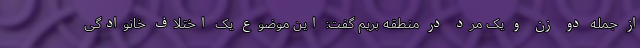
از جمله دو زن و یک مرد در منطقه بریم گفت: این موضوع یک اختلاف خانوادگی